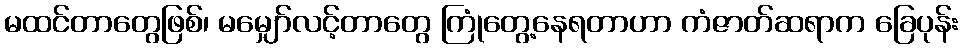
မထင်တာတွေဖြစ်၊ မမျှော်လင့်တာတွေ ကြုံတွေ့နေရတာဟာ ကံဇာတ်ဆရာက ခြေပုန်း